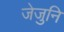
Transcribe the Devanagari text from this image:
जेजुनि